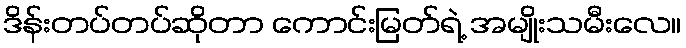
ဒိန်းတပ်တပ်ဆိုတာ ကောင်းမြတ်ရဲ့ အမျိုးသမီးလေ။